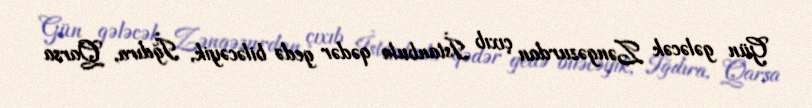
Gün gələcək Zəngəzurdan çıxıb İstanbula qədər gedə biləcəyik, İğdıra, Qarsa